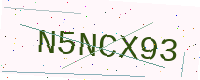
Text: N5NCX93